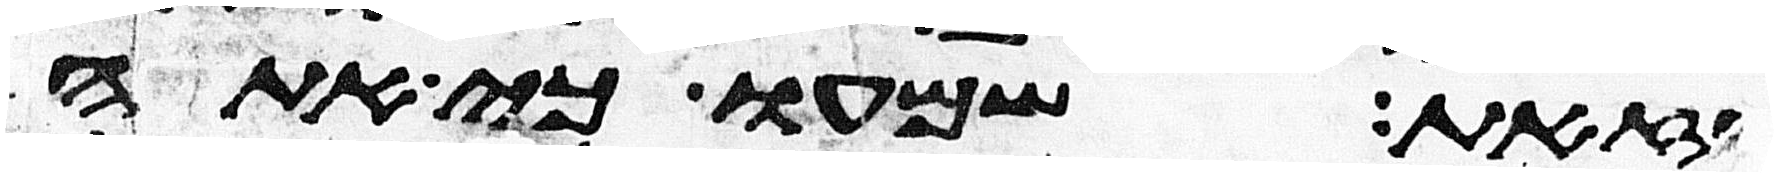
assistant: הזאת שמעו כי אתה